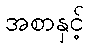
အစာနှင့်